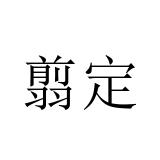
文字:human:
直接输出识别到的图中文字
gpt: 翦定